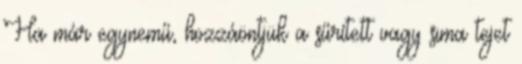
Ha már egynemű, hozzáöntjük a sűrített vagy sima tejet